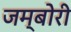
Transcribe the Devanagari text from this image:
जम्बोरी